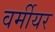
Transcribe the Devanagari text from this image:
वर्मीयर